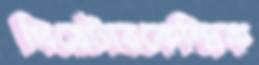
থিয়েটারকেন্দ্রিক